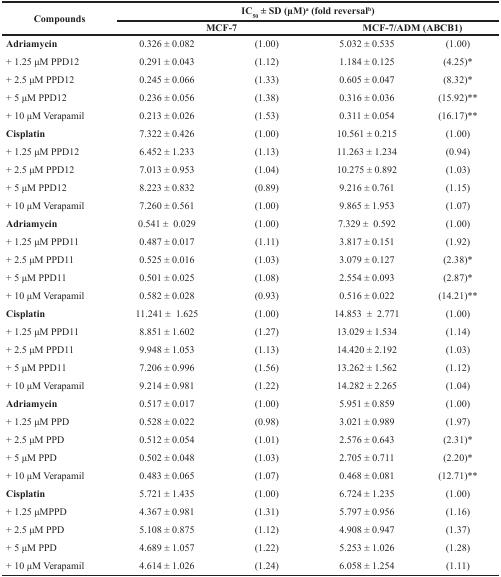
<table><thead><tr><td rowspan="2"><b>Compounds</b></td><td colspan="4"><b>IC<sub>50</sub> ± SD (μM)<sup>a</sup> (fold reversal<sup>b</sup>)</b></td></tr><tr><td colspan="2"><b>MCF-7</b></td><td colspan="2"><b>MCF-7/ADM (ABCB1)</b></td></tr></thead><tbody><tr><td><b>Adriamycin</b></td><td>0.326 ± 0.082</td><td>(1.00)</td><td>5.032 ± 0.535</td><td>(1.00)</td></tr><tr><td>+ 1.25 μM PPD12</td><td>0.291 ± 0.043</td><td>(1.12)</td><td>1.184 ± 0.125</td><td>(4.25)*</td></tr><tr><td>+ 2.5 μM PPD12</td><td>0.245 ± 0.066</td><td>(1.33)</td><td>0.605 ± 0.047</td><td>(8.32)*</td></tr><tr><td>+ 5 μM PPD12</td><td>0.236 ± 0.056</td><td>(1.38)</td><td>0.316 ± 0.036</td><td>(15.92)**</td></tr><tr><td>+ 10 μM Verapamil</td><td>0.213 ± 0.026</td><td>(1.53)</td><td>0.311 ± 0.054</td><td>(16.17)**</td></tr><tr><td><b>Cisplatin</b></td><td>7.322 ± 0.426</td><td>(1.00)</td><td>10.561 ± 0.215</td><td>(1.00)</td></tr><tr><td>+ 1.25 μM PPD12</td><td>6.452 ± 1.233</td><td>(1.13)</td><td>11.263 ± 1.234</td><td>(0.94)</td></tr><tr><td>+ 2.5 μM PPD12</td><td>7.013 ± 0.953</td><td>(1.04)</td><td>10.275 ± 0.892</td><td>(1.03)</td></tr><tr><td>+ 5 μM PPD12</td><td>8.223 ± 0.832</td><td>(0.89)</td><td>9.216 ± 0.761</td><td>(1.15)</td></tr><tr><td>+ 10 μM Verapamil</td><td>7.260 ± 0.561</td><td>(1.00)</td><td>9.865 ± 1.953</td><td>(1.07)</td></tr><tr><td><b>Adriamycin</b></td><td>0.541 ± 0.029</td><td>(1.00)</td><td>7.329 ± 0.592</td><td>(1.00)</td></tr><tr><td>+ 1.25 μM PPD11</td><td>0.487 ± 0.017</td><td>(1.11)</td><td>3.817 ± 0.151</td><td>(1.92)</td></tr><tr><td>+ 2.5 μM PPD11</td><td>0.525 ± 0.016</td><td>(1.03)</td><td>3.079 ± 0.127</td><td>(2.38)*</td></tr><tr><td>+ 5 μM PPD11</td><td>0.501 ± 0.025</td><td>(1.08)</td><td>2.554 ± 0.093</td><td>(2.87)*</td></tr><tr><td>+ 10 μM Verapamil</td><td>0.582 ± 0.028</td><td>(0.93)</td><td>0.516 ± 0.022</td><td>(14.21)**</td></tr><tr><td><b>Cisplatin</b></td><td>11.241 ± 1.625</td><td>(1.00)</td><td>14.853 ± 2.771</td><td>(1.00)</td></tr><tr><td>+ 1.25 μM PPD11</td><td>8.851 ± 1.602</td><td>(1.27)</td><td>13.029 ± 1.534</td><td>(1.14)</td></tr><tr><td>+ 2.5 μM PPD11</td><td>9.948 ± 1.053</td><td>(1.13)</td><td>14.420 ± 2.192</td><td>(1.03)</td></tr><tr><td>+ 5 μM PPD11</td><td>7.206 ± 0.996</td><td>(1.56)</td><td>13.262 ± 1.562</td><td>(1.12)</td></tr><tr><td>+ 10 μM Verapamil</td><td>9.214 ± 0.981</td><td>(1.22)</td><td>14.282 ± 2.265</td><td>(1.04)</td></tr><tr><td><b>Adriamycin</b></td><td>0.517 ± 0.017</td><td>(1.00)</td><td>5.951 ± 0.859</td><td>(1.00)</td></tr><tr><td>+ 1.25 μM PPD</td><td>0.528 ± 0.022</td><td>(0.98)</td><td>3.021 ± 0.989</td><td>(1.97)</td></tr><tr><td>+ 2.5 μM PPD</td><td>0.512 ± 0.054</td><td>(1.01)</td><td>2.576 ± 0.643</td><td>(2.31)*</td></tr><tr><td>+ 5 μM PPD</td><td>0.502 ± 0.048</td><td>(1.03)</td><td>2.705 ± 0.711</td><td>(2.20)*</td></tr><tr><td>+ 10 μM Verapamil</td><td>0.483 ± 0.065</td><td>(1.07)</td><td>0.468 ± 0.081</td><td>(12.71)**</td></tr><tr><td><b>Cisplatin</b></td><td>5.721 ± 1.435</td><td>(1.00)</td><td>6.724 ± 1.235</td><td>(1.00)</td></tr><tr><td>+ 1.25 μMPPD</td><td>4.367 ± 0.981</td><td>(1.31)</td><td>5.797 ± 0.956</td><td>(1.16)</td></tr><tr><td>+ 2.5 μM PPD</td><td>5.108 ± 0.875</td><td>(1.12)</td><td>4.908 ± 0.947</td><td>(1.37)</td></tr><tr><td>+ 5 μM PPD</td><td>4.689 ± 1.057</td><td>(1.22)</td><td>5.253 ± 1.026</td><td>(1.28)</td></tr><tr><td>+ 10 μM Verapamil</td><td>4.614 ± 1.026</td><td>(1.24)</td><td>6.058 ± 1.254</td><td>(1.11)</td></tr></tbody></table>